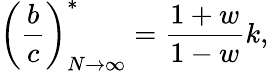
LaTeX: \left(\frac{b}{c}\right)_{N\to\infty}^{*}=\frac{1+w}{1-w}k,